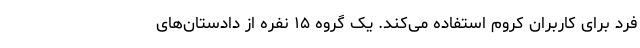
فرد برای کاربران کروم استفاده می‌کند. یک گروه ۱۵ نفره از دادستان‌های